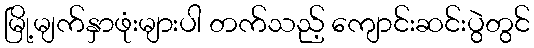
မြို့မျက်နှာဖုံးများပါ တက်သည့် ကျောင်းဆင်းပွဲတွင်